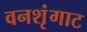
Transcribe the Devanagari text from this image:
वनशृंगाट